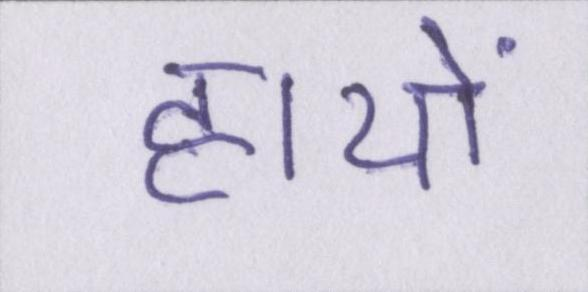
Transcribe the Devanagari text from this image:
हाथों